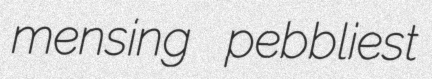
mensing pebbliest